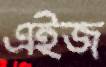
এইজ